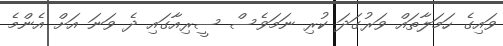
ވައިގެ ހަމަލާތައް ވަރުގަދަ ކުރި ނަމަވެސް ސީރިއާގައި ދެ ވަނަ އަށް އެންމެ